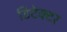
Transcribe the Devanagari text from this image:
डिटेक्‍टर